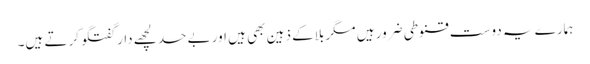
ہمارے یہ دوست قنوطی ضرور ہیں مگر بلاکے ذہین بھی ہیں اور بے حد لچھے دار گفتگو کرتے ہیں۔